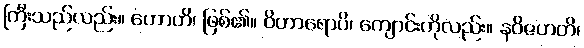
ကြီးသည်လည်း။ ဟောတိ၊ ဖြစ်၏။ ဝိဟာရောပိ၊ ကျောင်းကိုလည်း။ နဝိဇဟတိ၊